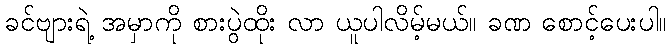
ခင်ဗျားရဲ့ အမှာကို စားပွဲထိုး လာ ယူပါလိမ့်မယ်။ ခဏ စောင့်ပေးပါ။